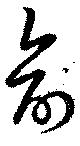
兪